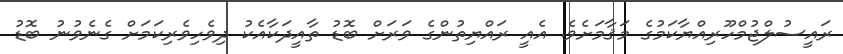
ރައީސުލްޖުމްހޫރިއްޔާކަމުގެ މަޤާމަށެވެ. އެއީ ރައްޔިތުންގެ ވަރަށް ބޮޑު ތާއީދަކާއެކު ދިވެހިވެރިކަމަށް ގެނެވުނު ބޮޑު